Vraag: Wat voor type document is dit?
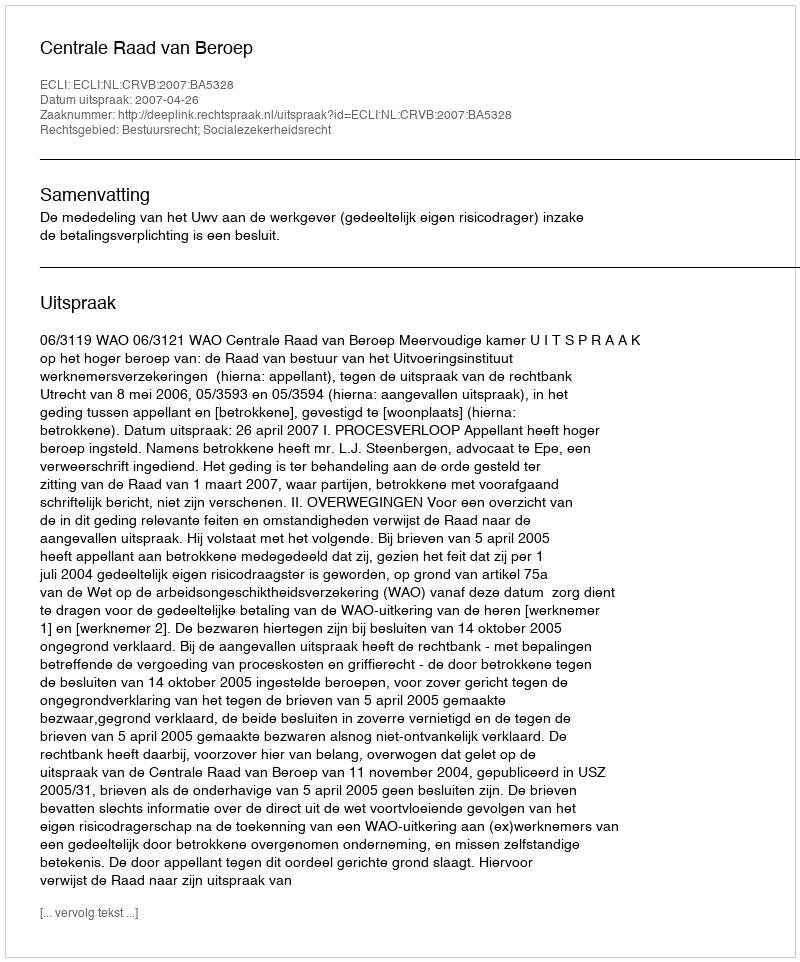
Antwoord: Uitspraak